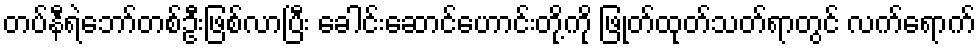
တပ်နီရဲဘော်တစ်ဦးဖြစ်လာပြီး ခေါင်းဆောင်ဟောင်းတို့ကို ဖြုတ်ထုတ်သတ်ရာတွင် လက်ရောက်